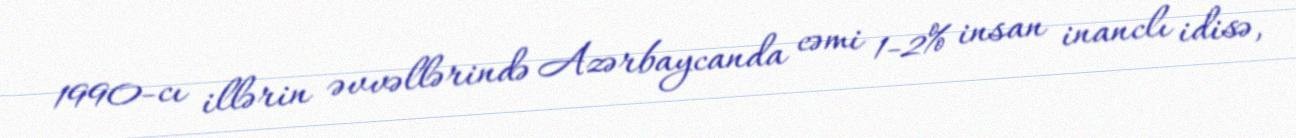
1990-cı illərin əvvəllərində Azərbaycanda cəmi 1-2% insan inanclı idisə,